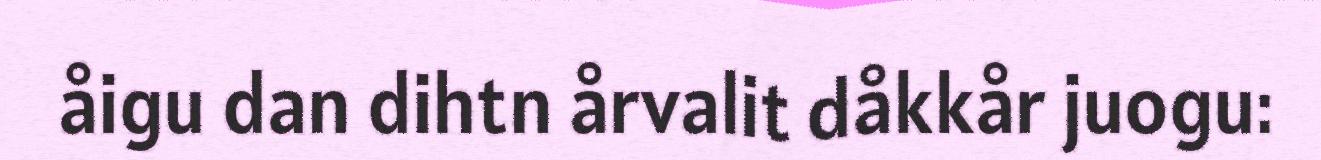
åigu dan dihtn årvalit dåkkår juogu: